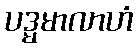
ပဒ္မမာလာဟံ